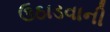
ઉઠાડવાની